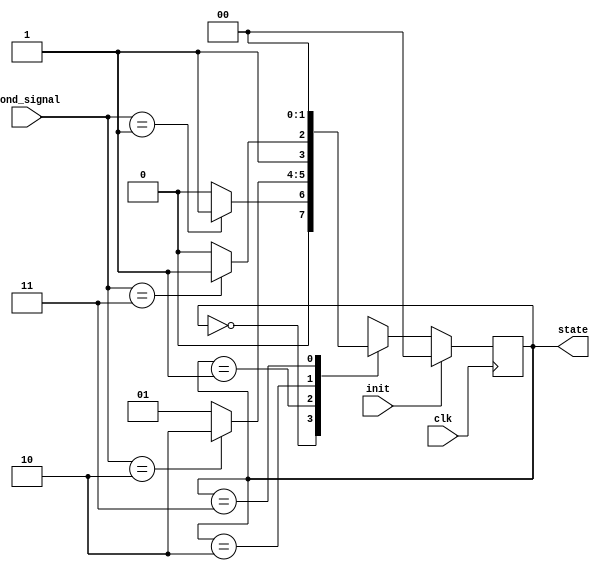
module fsm_preconfigured_init #(
    parameter STATE_WIDTH = 2,           // Width of the state register
    parameter INIT_STATE = 2'b00         // Pre-configured initial state
)(
    input wire clk,                       // Clock signal
    input wire init,                      // Control signal for initialization
    input wire [STATE_WIDTH-1:0] cond_signal, // Optional signal for conditional behavior
    output reg [STATE_WIDTH-1:0] state   // Current state output
);

// State encoding
localparam STATE_0 = 2'b00;
localparam STATE_1 = 2'b01;
localparam STATE_2 = 2'b10;
localparam STATE_3 = 2'b11;

// Synchronous state update
always @(posedge clk) begin
    if (init) begin
        // Initialize to the pre-configured state
        state <= INIT_STATE;
    end else begin
        // Normal state transition logic (example)
        case (state)
            STATE_0: begin
                // Example transition logic
                if (cond_signal == 2'b01) state <= STATE_1;
                else state <= STATE_0;
            end
            STATE_1: begin
                // Example transition logic
                if (cond_signal == 2'b10) state <= STATE_2;
                else state <= STATE_1;
            end
            STATE_2: begin
                // Example transition logic
                if (cond_signal == 2'b11) state <= STATE_3;
                else state <= STATE_2;
            end
            STATE_3: begin
                // Example transition logic
                state <= STATE_0; // Loop back to STATE_0 for simplicity
            end
            default: state <= INIT_STATE; // Default state handling
        endcase
    end
end

endmodule